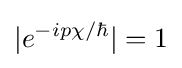
|e^{-ip\chi /\hbar }|=1